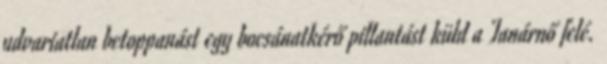
udvariatlan betoppanást egy bocsánatkérő pillantást küld a Tanárnő felé.